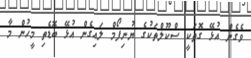
ވެގެން އުޅޭ ގޮތަކީ ސްކޫލްތަކުގެ ޔުނިފޯމް ލައިގެން އުޅޭ ބޮޑެތި މީހުން މާ